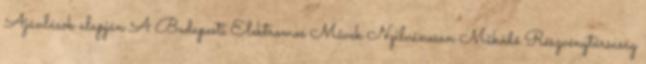
Ajánlások alapján A Budapesti Elektromos Művek Nyilvánosan Működő Részvénytársaság